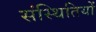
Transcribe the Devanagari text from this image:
संस्थितियों